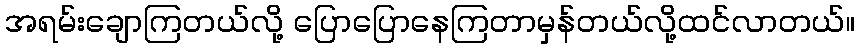
အရမ်းချောကြတယ်လို့ ပြောပြောနေကြတာမှန်တယ်လို့ထင်လာတယ်။